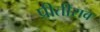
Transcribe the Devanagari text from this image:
प्रीतीराव